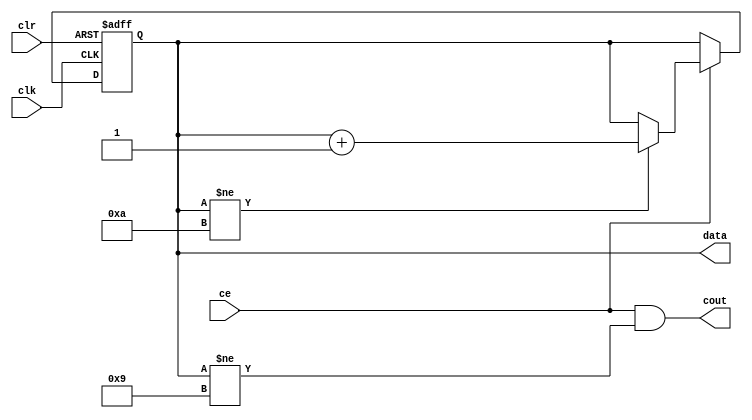
module counter#(parameter width = 4, parameter modulus = 10)(
    input clr,
    input clk,
    input ce,
    output reg [width-1:0] data,
    output cout
);

//reg [width - 1:0] data;

    always @(posedge clk or posedge clr)    begin
        if (clr)
            begin
                data <= {width{1'b0}};
            end
        else
            begin
                if(ce)  begin
                        if(data != (modulus))  begin
                                data <= data + 1;
                            end
                      
                    end
            end
    end
    assign cout = ce & (data != (modulus-1));
endmodule